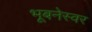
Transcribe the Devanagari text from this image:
भूबनेस्वर